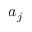
a _ { j }